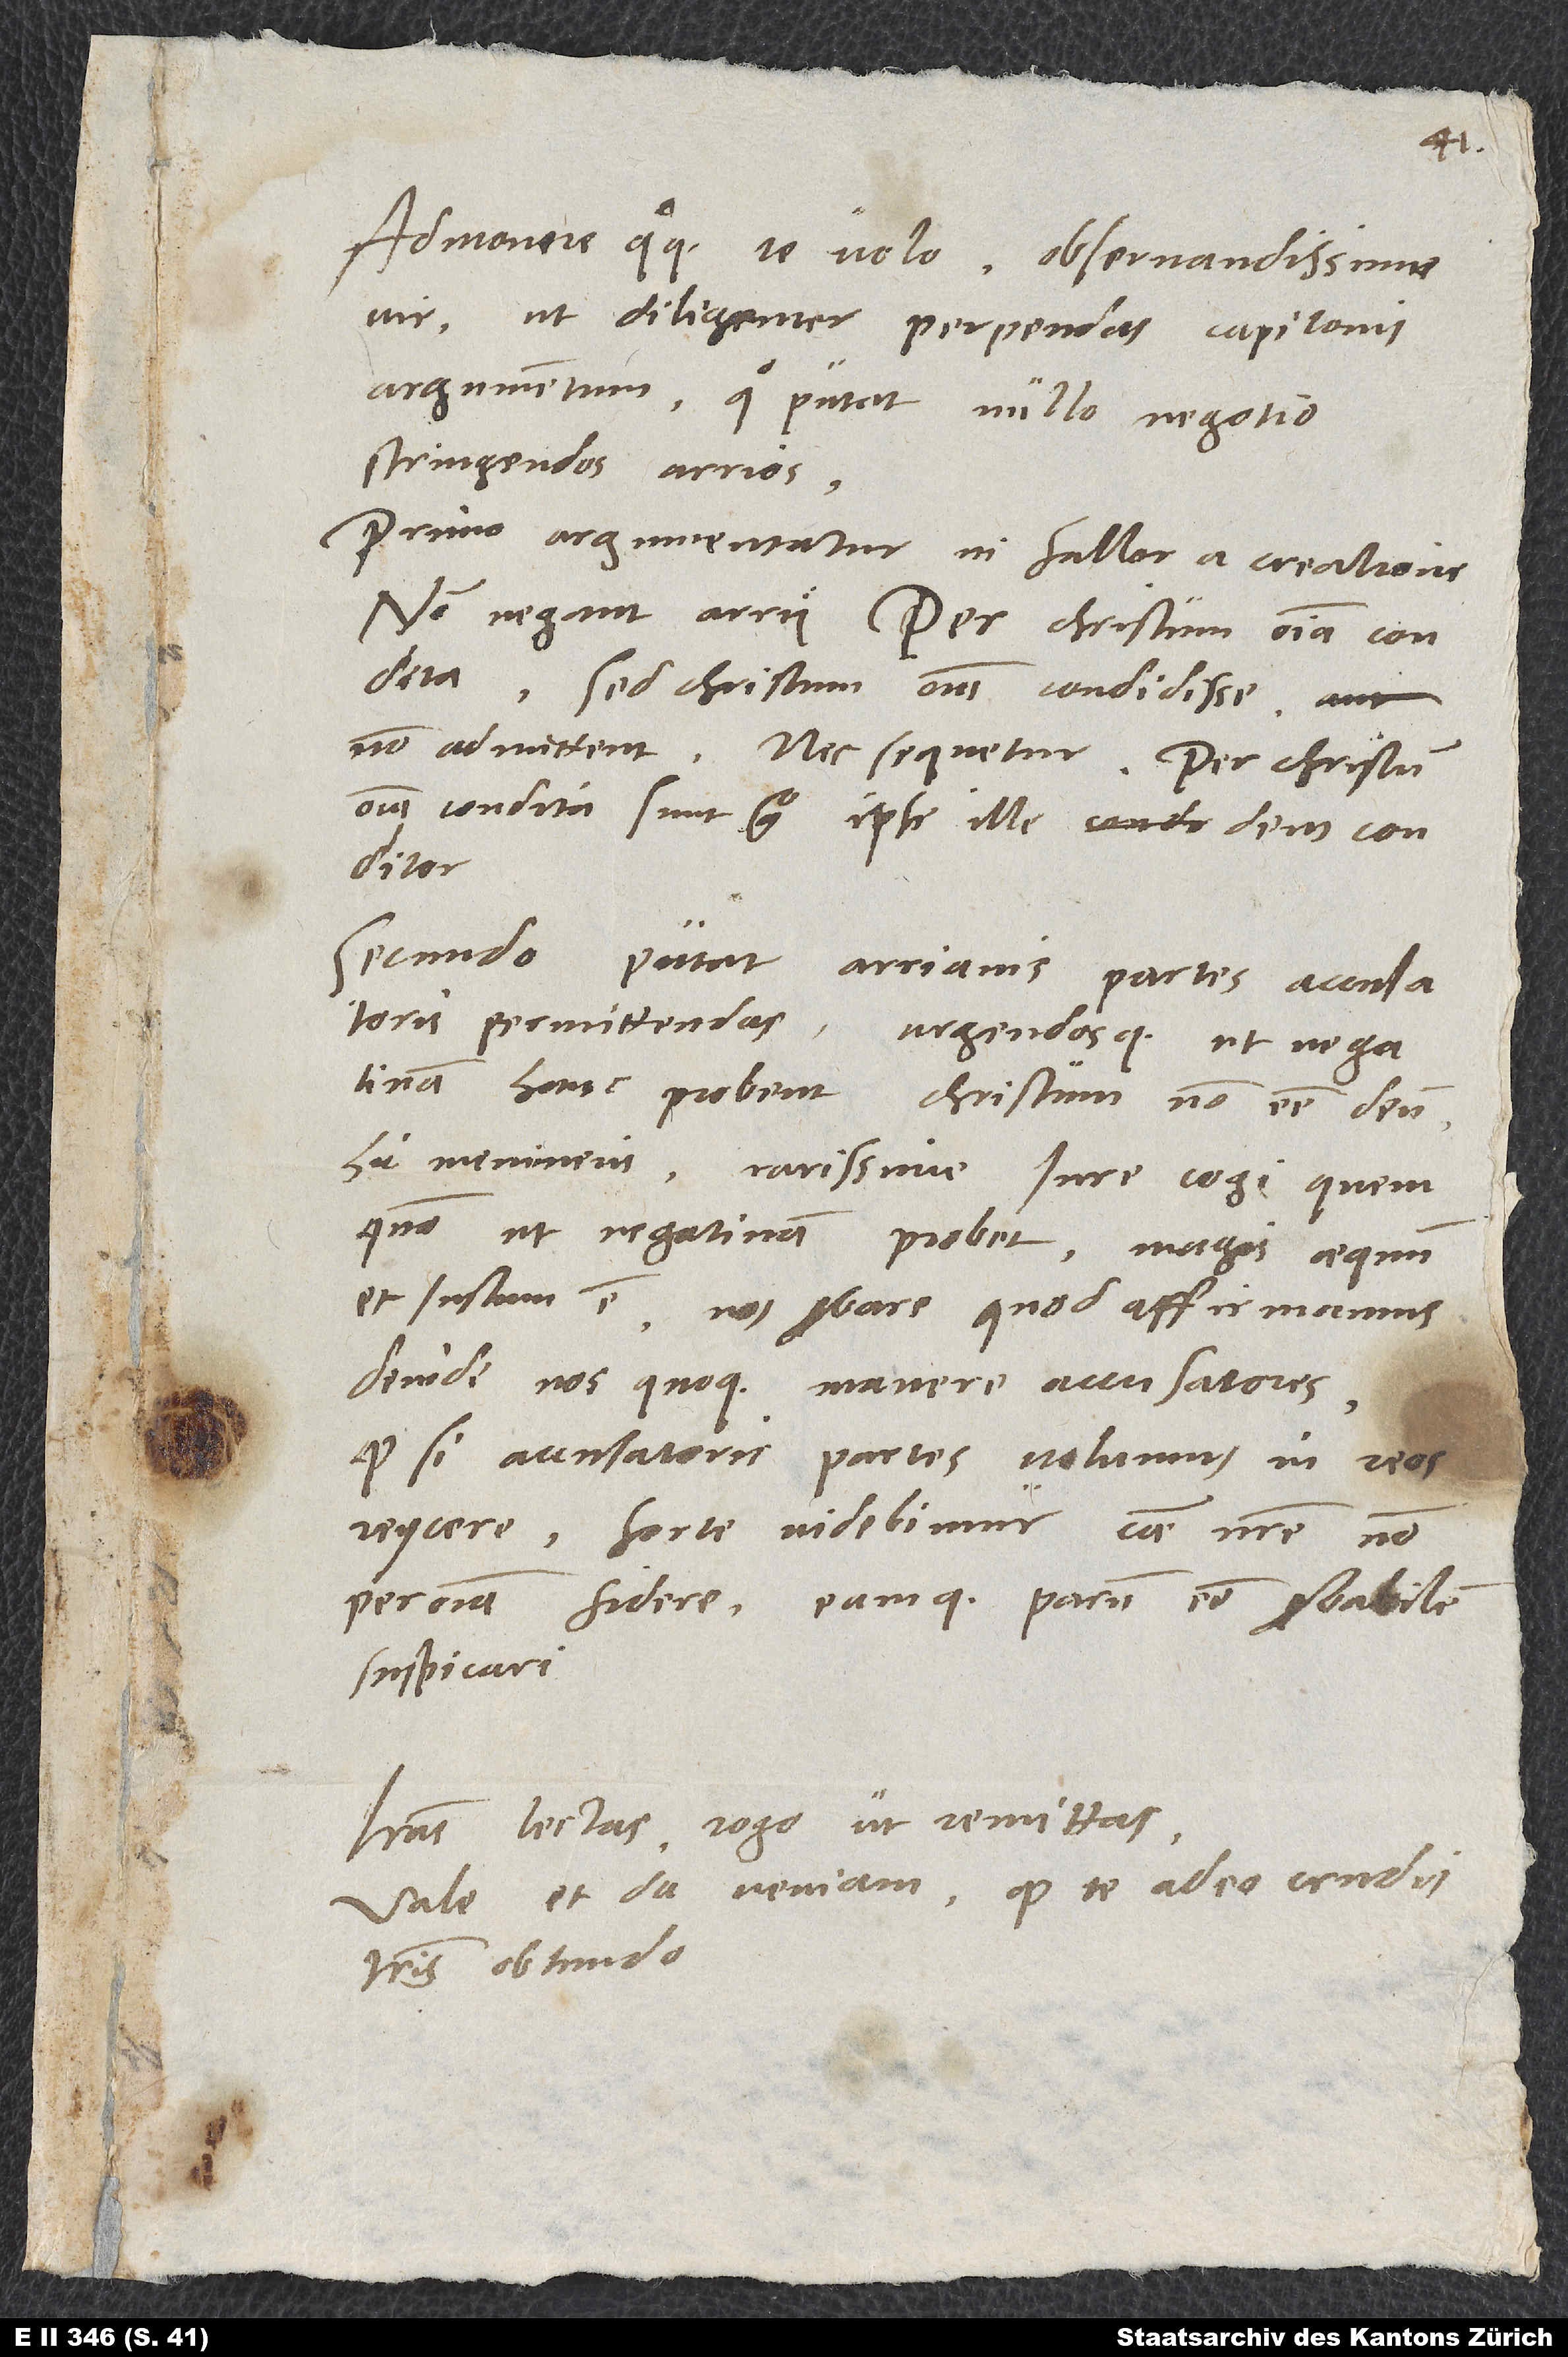
Admonere quoque te volo, observandissime
vir, ut diligenter perpendas Capitonis
argumentum, quo putat nullo negotio
stringendos Arrios.
Primo argumentatur, ni fallor, a creatione.
Non negant Arrii per Christum omnia condita,
sed Christum omnia condidisse
non admittent, nec sequetur: Per Christum
omnia condita sunt. ergo ipse ille deus conditor.
Secundo putat Arrianis partes accusatoris
permittendas urgendosque, ut negativam
hanc probent, Christum non esse deum.
Hic memineris rarissime iure cogi quemquam,
ut negativam probet. Magis aequum
et iustum est nos probare, quod affirmamus,
deinde nos quoque manere accusatores.
Quodsi accusatoris partes volumus in reos
reiicere, forte videbimur caussae nostre non
per omnia fidere eamque parum esse stabilem
suspicari.
Literas lectas rogo ut remittas.
Vale et da veniam, quod te adeo crudis
literis obtundo.